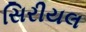
સિરીયલ